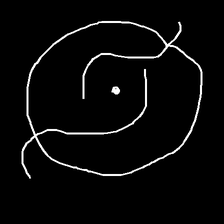
Glyph: repetition